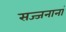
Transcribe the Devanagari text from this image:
सज्जनानां